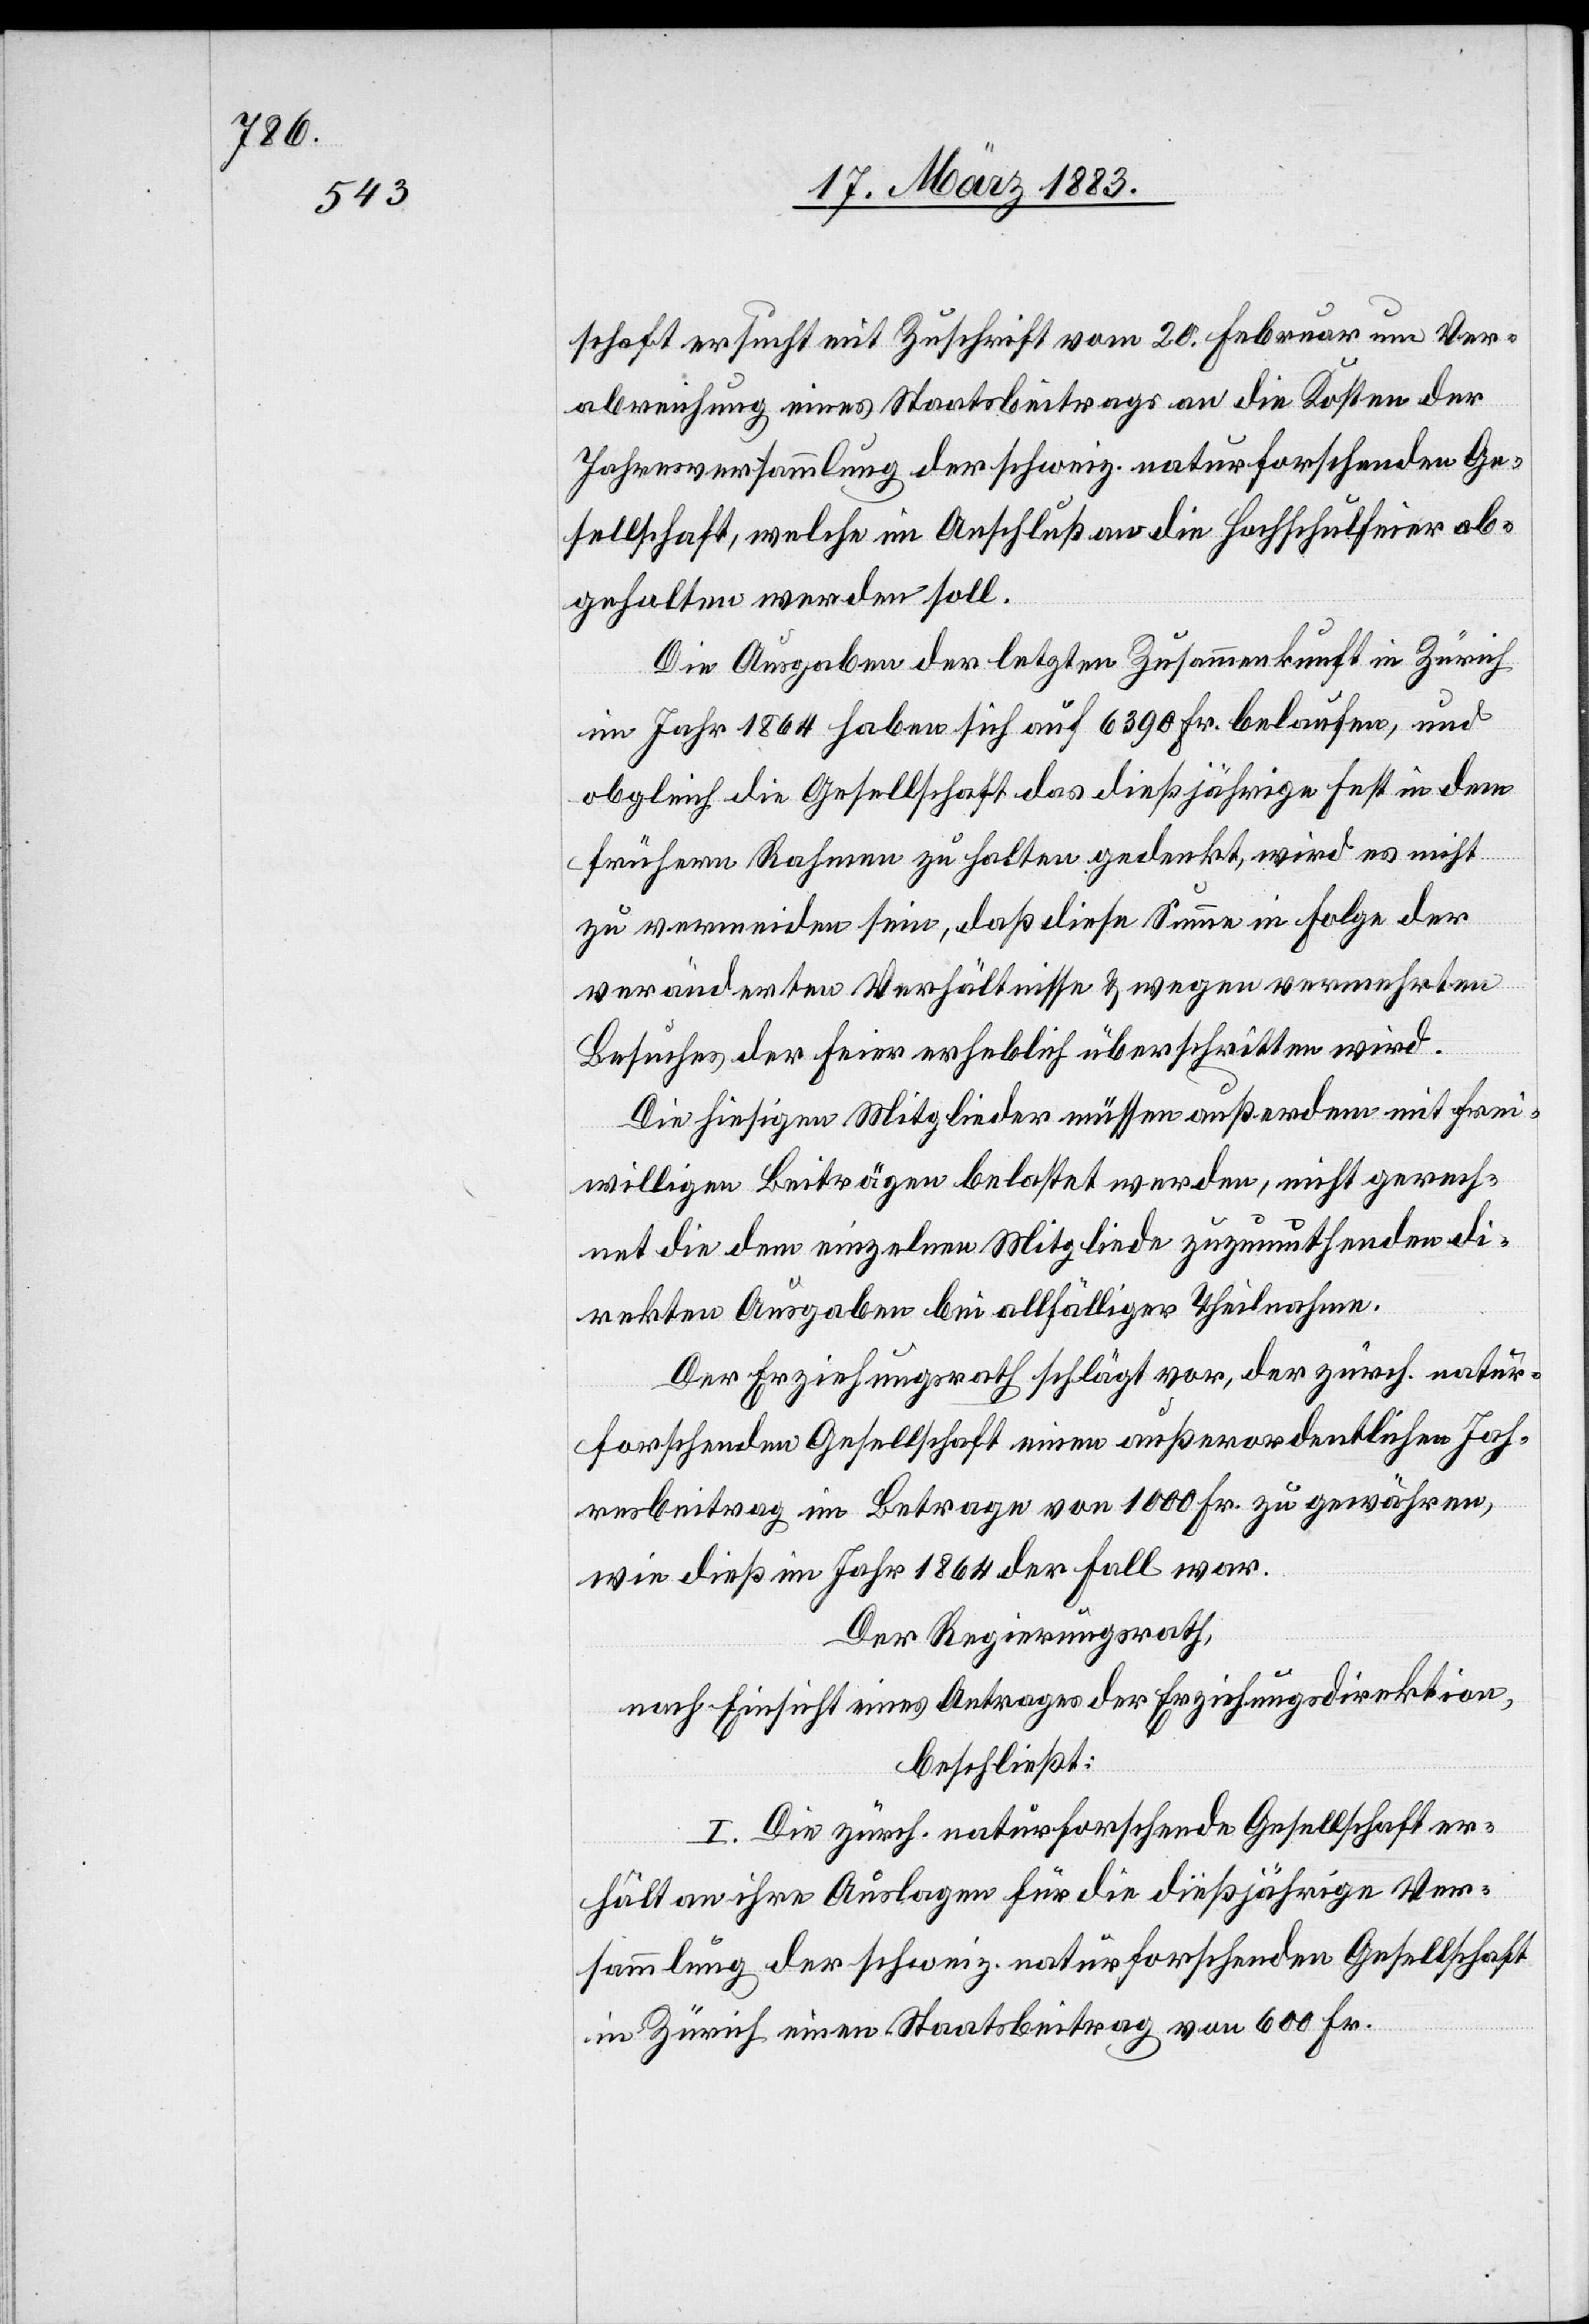
schaft ersucht mit Zuschrift vom 20. Februar um Ver¬
abreichung eines Staatsbeitrages an die Kosten der
Jahresversammlung der schweiz. naturforschenden Ge¬
sellschaft, welche im Anschluß an die Hochschulfeier ab¬
gehalten werden soll.
Die Ausgaben der letzten Zusammenkunft in Zürich
im Jahr 1864 haben sich auf 6390 Fr. belaufen, und
obgleich die Gesellschaft das dießjährige Fest in dem
frühern Rahmen zu halten gedenkt, wird es nicht
zu vermeiden sein, daß diese Summe in Folge der
veränderten Verhältnisse & wegen vermehrten
Besuches der Feier erheblich überschritten wird.
Die hiesigen Mitglieder müssen außerdem mit frei¬
willigen Beiträgen belastet werden, nicht gerech¬
net die dem einzelnen Mitgliede zuzumuthenden di¬
rekten Ausgaben bei allfälliger Theilnahme.
Der Erziehungsrath schlägt vor, der zürch. natur¬
forschenden Gesellschaft einen außerordentlichen Jah¬
resbeitrag im Betrage von 1000 Fr. zu gewähren,
wie dieß im Jahr 1864 der Fall war.
Der Regierungsrath,
nach Einsicht eines Antrages der Erziehungsdirektion,
beschließt:
I. Die zürch. naturforschende Gesllschaft er¬
hält an ihre Auslagen für die dießjährige Ver¬
sammlung der schweiz. naturforschenden Gesellschaft
in Zürich einen Staatsbeitrag von 600 Fr.